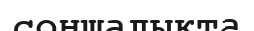
соншалықта